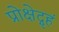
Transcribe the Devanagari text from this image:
प्रोक्षेद्गृहं